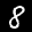
Label: 8